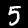
Label: 5